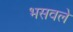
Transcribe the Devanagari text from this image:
भसवले